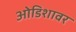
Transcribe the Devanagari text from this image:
ओडिशावर